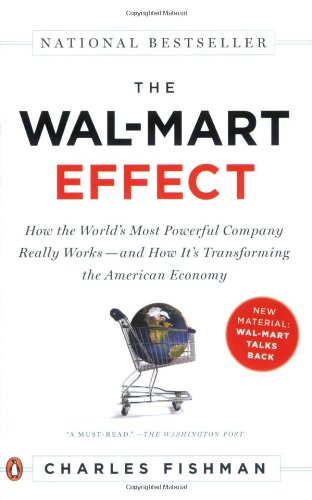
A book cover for The Wal-Mart Effect: How the World's Most Powerful Company Really Works--and HowIt's Transforming the  American Economy; Charles Fishman; Business & Money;